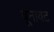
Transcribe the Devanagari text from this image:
बूनावट